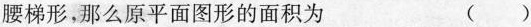
腰梯形，那么原平面图形的面积为 ( )